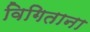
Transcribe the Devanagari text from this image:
विगिताना